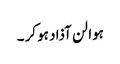
ہوا لن آذاد ہو کر ۔